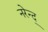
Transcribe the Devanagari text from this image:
नरेन्द॒